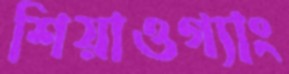
শিয়াওগ্যাং